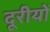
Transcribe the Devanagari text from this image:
दूरीयों